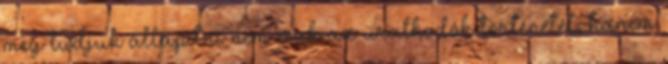
meg tudjuk állapítni nem csak az uralkodók történetét, hanem